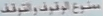
متنوع-الوصف-المنتف